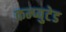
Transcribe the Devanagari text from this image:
कम्प्युटेड